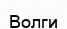
Волги